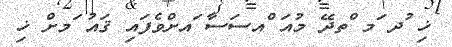
ޚި ުދ ަމ ްތދޭ މުއަ ްއސަސާ ައށްވެފައި ޤައު ަމށް ޚި